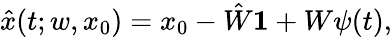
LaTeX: \begin{array}{r}{\hat{x}(t;w,x_{0})=x_{0}-\hat{W}\boldsymbol{1}+W\psi(t),}\end{array}